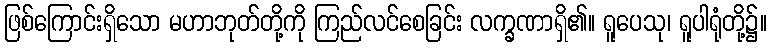
ဖြစ်ကြောင်းရှိသော မဟာဘုတ်တို့ကို ကြည်လင်စေခြင်း လက္ခဏာရှိ၏။ ရူပေသု၊ ရူပါရုံတို့၌။